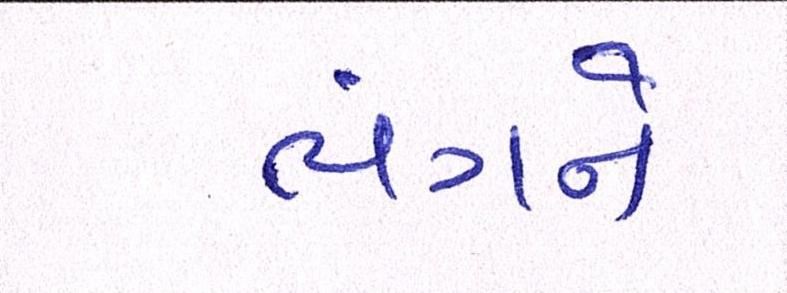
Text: ભંગને